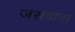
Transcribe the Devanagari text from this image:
जसवाना